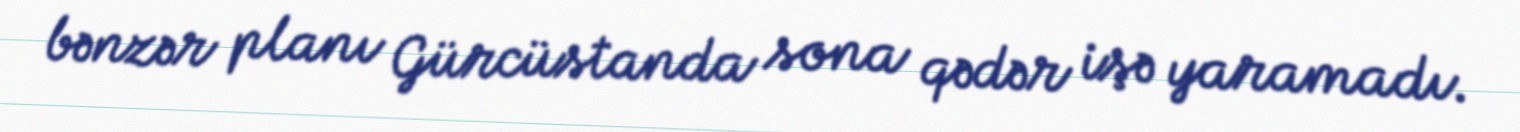
bənzər planı Gürcüstanda sona qədər işə yaramadı.